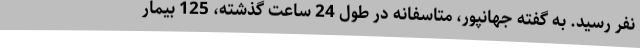
نفر رسید. به گفته جهانپور، متاسفانه در طول 24 ساعت گذشته، 125 بیمار